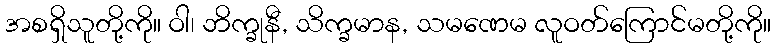
အစရှိသူတို့ကို။ ဝါ၊ ဘိက္ခုနီ, သိက္ခမာန, သမဏေမ လူဝတ်ကြောင်မတို့ကို။